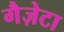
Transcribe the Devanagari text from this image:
गैज़ेटा